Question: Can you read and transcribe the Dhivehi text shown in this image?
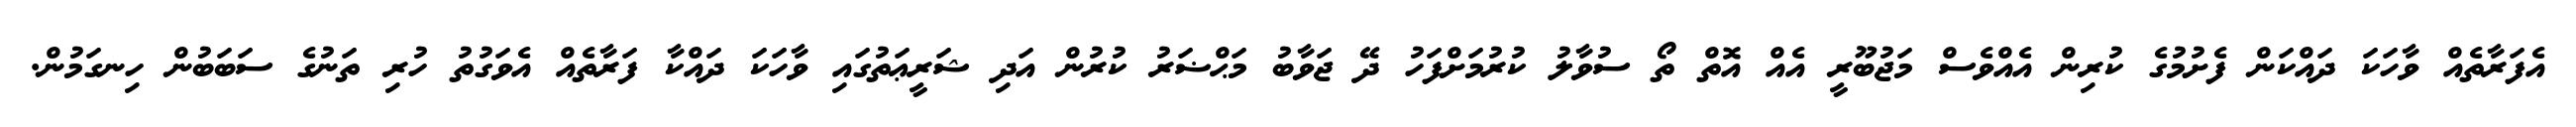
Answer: އެފަރާތެއް ވާހަކަ ދައްކަން ފެށުމުގެ ކުރިން އެއްވެސް މަޖުބޫރީ އެއް އޮތް ތޯ ސުވާލު ކުރުމަށްފަހު ދޭ ޖަވާބު މަޙްޟަރު ކުރުން އަދި ޝަރީޢަތުގައި ވާހަކަ ދައްކާ ފަރާތެއް އެވަގުތު ހުރި ތަނުގެ ސަބަބުން ހިނގަމުން.